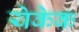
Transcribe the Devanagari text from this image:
येकेक